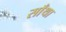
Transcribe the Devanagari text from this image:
साँथा